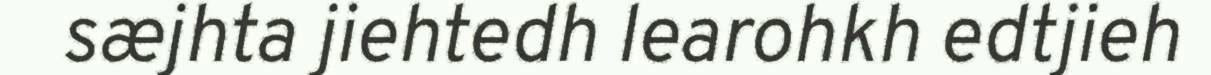
sæjhta jiehtedh learohkh edtjieh